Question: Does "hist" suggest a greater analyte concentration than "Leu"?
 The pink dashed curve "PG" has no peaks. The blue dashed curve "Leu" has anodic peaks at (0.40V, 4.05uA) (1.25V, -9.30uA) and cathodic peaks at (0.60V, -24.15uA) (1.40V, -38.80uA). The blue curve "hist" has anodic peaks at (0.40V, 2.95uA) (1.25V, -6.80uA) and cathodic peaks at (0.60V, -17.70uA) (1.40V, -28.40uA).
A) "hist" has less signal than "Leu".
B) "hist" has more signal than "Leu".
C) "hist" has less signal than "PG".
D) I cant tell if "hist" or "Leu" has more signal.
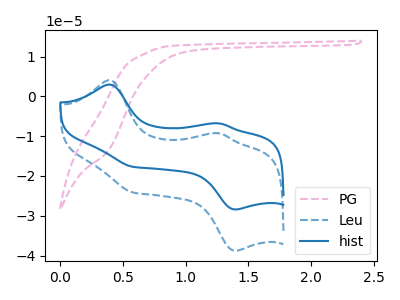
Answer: <think>All the peaks in "hist" have a peak in "Leu" at the same potential.
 </think>
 <answer>D) I cant tell if "hist" or "Leu" has more signal.</answer>
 <eval>D</eval>